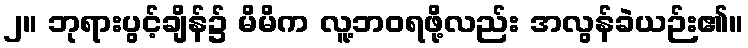
၂။ ဘုရားပွင့်ချိန်၌ မိမိက လူ့ဘဝရဖို့လည်း အလွန်ခဲယဉ်း၏။